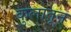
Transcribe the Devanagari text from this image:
कुलातून